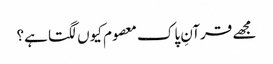
مجھے قرآنِ پاک معصوم کیوں لگتا ہے؟